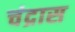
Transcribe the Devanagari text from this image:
चंद्रास